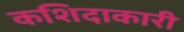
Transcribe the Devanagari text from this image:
कशिदाकारी